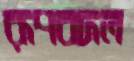
রূপবদল